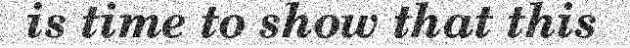
is time to show that this